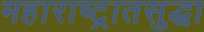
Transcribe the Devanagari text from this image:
महाराष्ट्रातसुद्धा